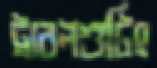
ট্রাবলশুটিং